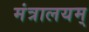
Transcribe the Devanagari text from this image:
मंत्रालयम्